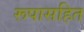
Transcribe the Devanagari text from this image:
रूपासहित